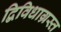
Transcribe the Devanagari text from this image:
द्विविधाग्रस्त